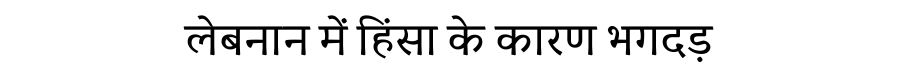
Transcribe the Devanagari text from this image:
लेबनान में हिंसा के कारण भगदड़